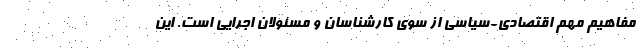
مفاهیم مهم اقتصادی-سیاسی از سوی کارشناسان و مسئولان اجرایی است. این